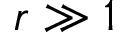
r \gg 1